Annual report on the Civil Veterinary Department, Burma (including the Insein Veterinary School) - 1910-1922
Year: 1910
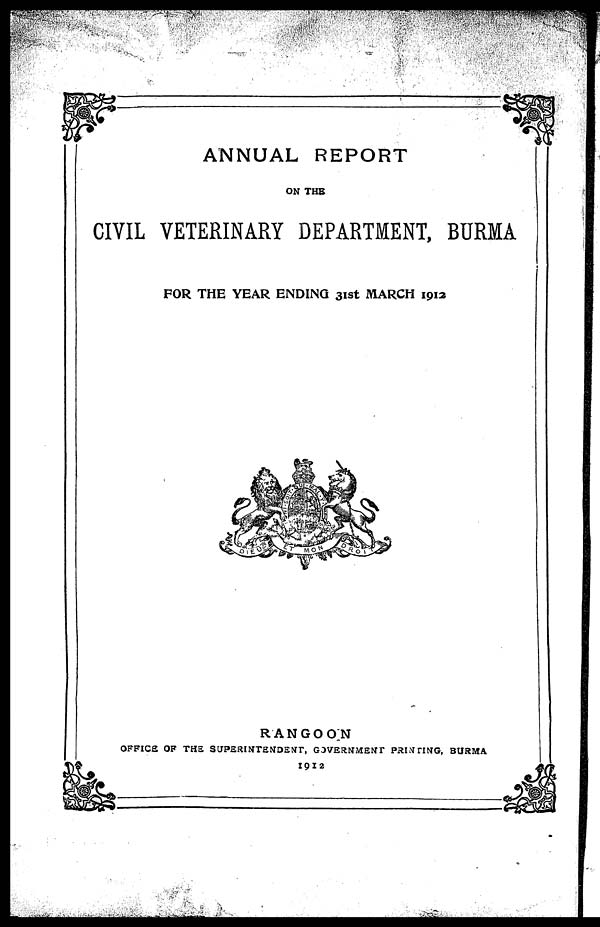
ANNUAL REPORT
ON THE
CIVIL VETERINARY DEPARTMENT, BURMA
FOR THE YEAR ENDING 31st MARCH 1912
RANGOON
OFFICE OF THE SUPERINTENDENT, GOVERNMENT PRINTING, BURMA
I9I2